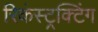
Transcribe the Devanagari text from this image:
रिकंस्ट्रक्टिंग